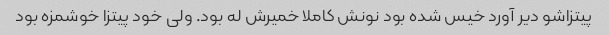
پیتزاشو دیر آورد خیس شده بود نونش کاملا خمیرش له بود. ولی خود پیتزا خوشمزه بود